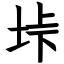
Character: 垰